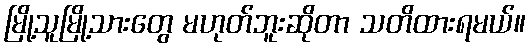
မြို့သူမြို့သားတွေ မဟုတ်ဘူးဆိုတာ သတိထားရမယ်။